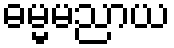
ဓမ္မမညာယ